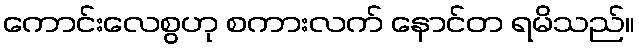
ကောင်းလေစွဟု စကားလက် နောင်တ ရမိသည်။